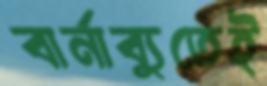
বার্নাব্যুতেই